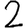
Digit: 2